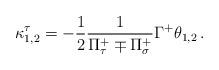
LaTeX: \begin{align*}\kappa_{1,2}^\tau = -\frac{1}{2}\frac{1}{\Pi_\tau^+ \mp \Pi_\sigma^+} \Gamma^+ \theta_{1,2}\, .\end{align*}